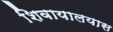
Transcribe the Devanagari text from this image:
शिवायालयास